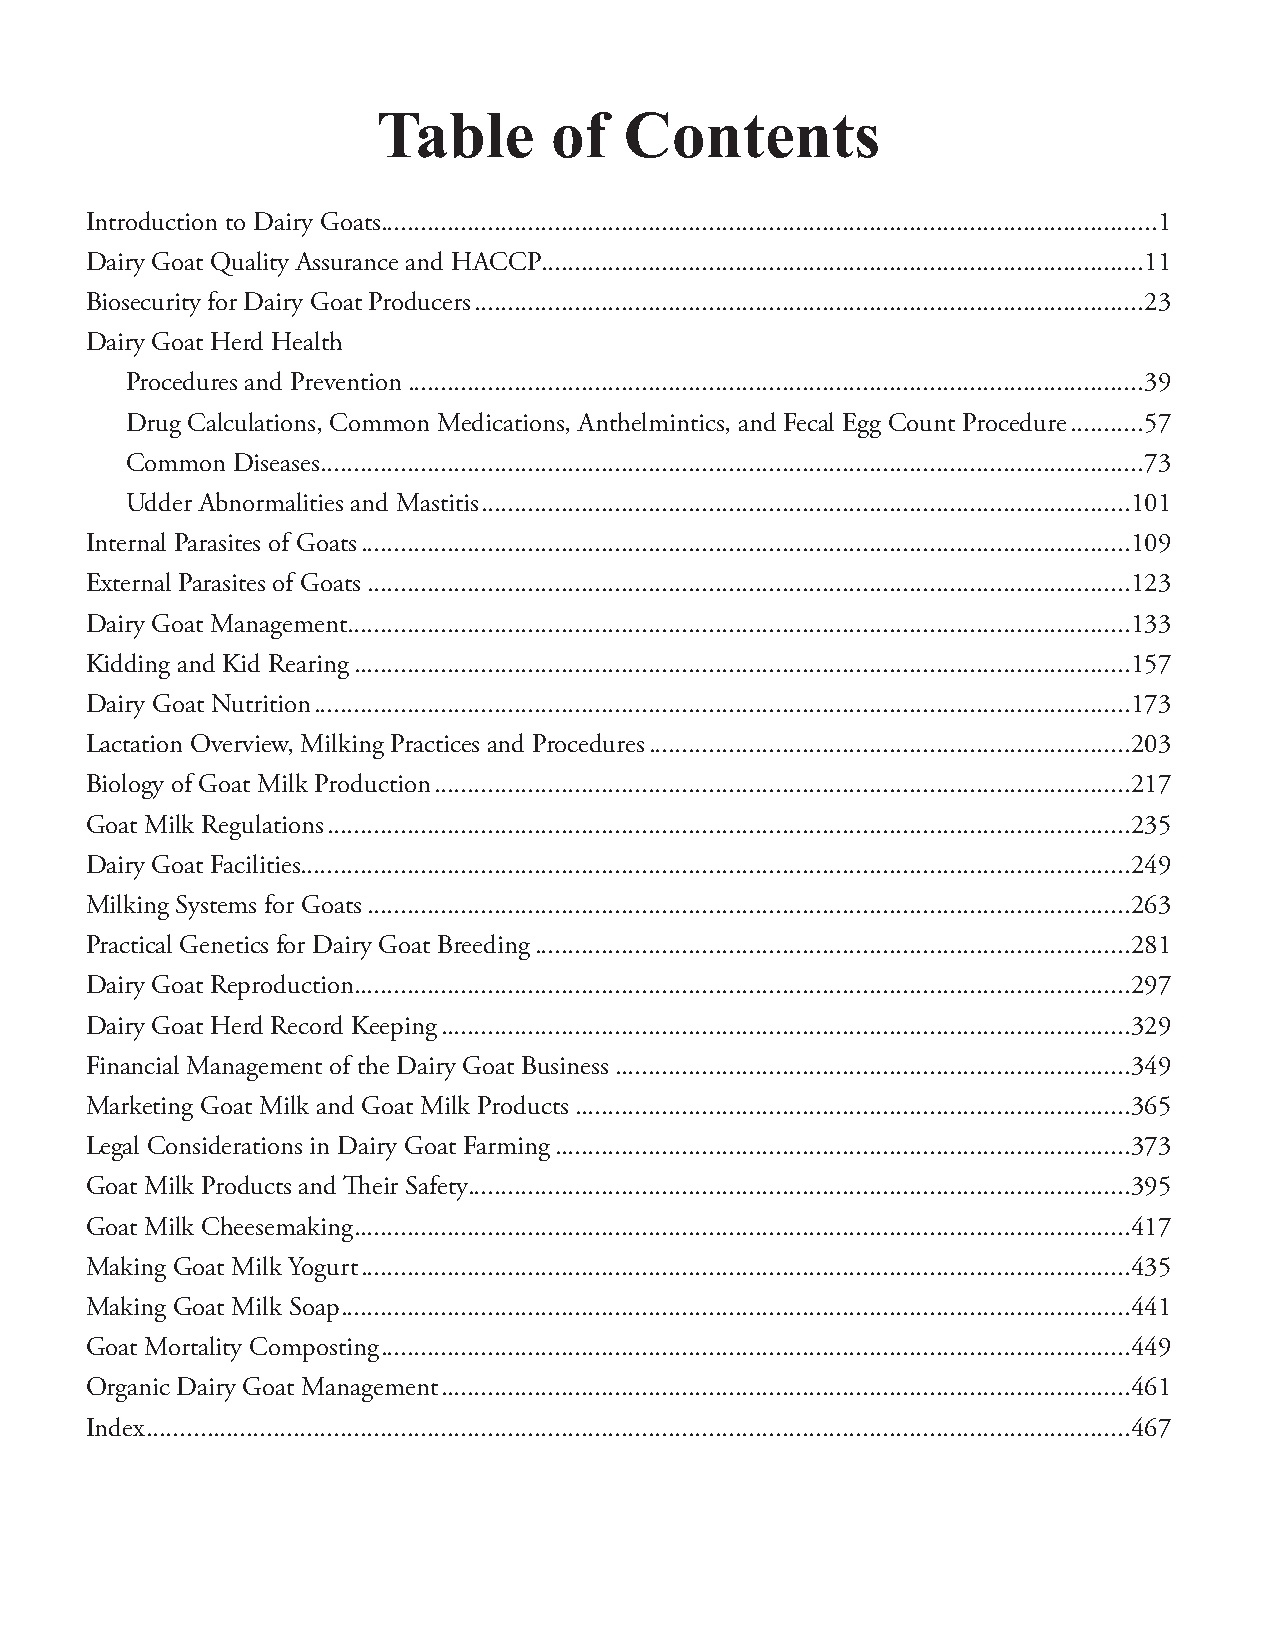
Table      of   Contents
 Introduction to Dairy Goats ....................................................................................................................1
 Dairy Goat Quality Assurance and HACCP ..........................................................................................11
 Biosecurity for Dairy Goat Producers ....................................................................................................23
 Dairy Goat Herd Health
 Procedures and Prevention ..............................................................................................................39
 Drug Calculations, Common Medications, Anthelmintics, and Fecal Egg Count Procedure ...........57
 Common Diseases ...........................................................................................................................73
 Udder Abnormalities and Mastitis .................................................................................................101
 Internal Parasites of Goats ...................................................................................................................109
 External Parasites of Goats ..................................................................................................................123
 Dairy Goat Management.....................................................................................................................133
 Kidding and Kid Rearing ....................................................................................................................157
 Dairy Goat Nutrition ..........................................................................................................................173
 Lactation Overview, Milking Practices and Procedures ........................................................................203
 Biology of Goat Milk Production ........................................................................................................217
 Goat Milk Regulations ........................................................................................................................235
 Dairy Goat Facilities ............................................................................................................................249
 Milking Systems for Goats ..................................................................................................................263
 Practical Genetics for Dairy Goat Breeding .........................................................................................281
 Dairy Goat Reproduction....................................................................................................................297
 Dairy Goat Herd Record Keeping .......................................................................................................329
 Financial Management of the Dairy Goat Business .............................................................................349
 Marketing Goat Milk and Goat Milk Products ...................................................................................365
 Legal Considerations in Dairy Goat Farming ......................................................................................373
 Goat Milk Products and Their Safety...................................................................................................395
 Goat Milk Cheesemaking ....................................................................................................................417
 Making Goat Milk Yogurt ...................................................................................................................435
 Making Goat Milk Soap ......................................................................................................................441
 Goat Mortality Composting ................................................................................................................449
 Organic Dairy Goat Management .......................................................................................................461
 Index ...................................................................................................................................................467